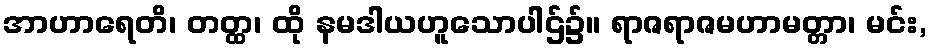
အာဟာရေတိ၊ တတ္ထ၊ ထို နမဒါယဟူသောပါဌ်၌။ ရာဇရာဇမဟာမတ္တာ၊ မင်း,